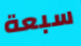
سبعة